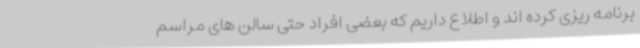
برنامه ریزی کرده اند و اطلاع داریم که بعضی افراد حتی سالن های مراسم